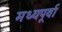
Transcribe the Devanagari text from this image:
मध्यपूर्वा